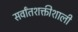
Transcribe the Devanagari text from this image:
सर्वांतशक्तीशाली